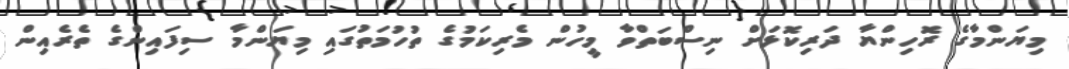
މިޔަންމާގެ ރޮހިންޔާ ދަރިކޮޅަށް ނިސްބަތްވާ މީހުން މެރިކަމުގެ ތުހުމަތުގައި މިޔަންމާ ސިފައިންގެ ތެރެއިން